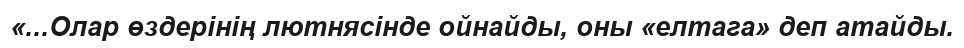
«...Олар өздерінің лютнясінде ойнайды, оны «елтага» деп атайды.